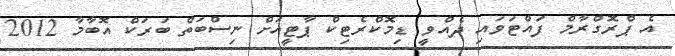
އެ ޕްރޮގްރާމް ފައްޓަވައި ދެއްވީ ޑިމޮކްރެޓިކް ޕާޓީއަށް ނިސްބަތް ބަރަކް އޮބާމާ 2012